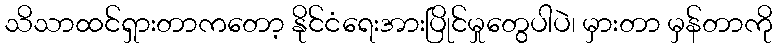
သိသာထင်ရှားတာကတော့ နိုင်ငံရေးအားပြိုင်မှုတွေပါပဲ၊ မှားတာ မှန်တာကို